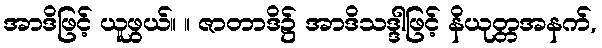
အာဒိဖြင့် ယူဖွယ်။ ။ ဇာတာဒိ၌ အာဒိသဒ္ဒါဖြင့် နိယုတ္တအနက်,